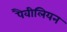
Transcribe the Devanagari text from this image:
पैवीलियन